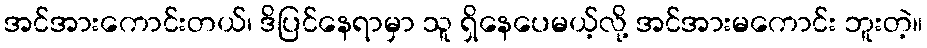
အင်အားကောင်းတယ်၊ ဒိပြင်နေရာမှာ သူ ရှိနေပေမယ့်လို့ အင်အားမကောင်း ဘူးတဲ့။